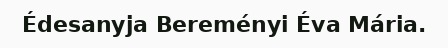
Édesanyja Bereményi Éva Mária.